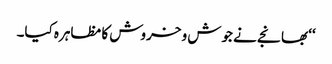
‘‘ بھانجے نے جوش و خروش کا مظاہرہ کیا۔